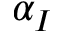
\alpha _ { I }